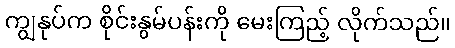
ကျွနုပ်က စိုင်းနွမ်ပန်းကို မေးကြည့် လိုက်သည်။